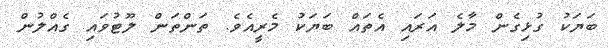
ބަޔަކު ގުޅިގެން މާލެ އަރައި އެތައް ބަޔަކު މެރީއެވެ. ތަންތަން ލޫޓުވައި ގެއްލުން